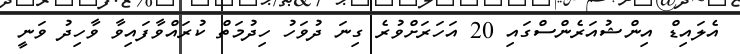
އެލައިޑް އިންޝުއަރެންސްގައި 20 އަހަރަށްވުރެ ގިނަ ދުވަހު ހިދުމަތް ކުރައްވާފައިވާ ވާހިދު ވަނީ